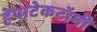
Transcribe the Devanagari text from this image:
हेपाटेकटॉमी